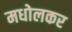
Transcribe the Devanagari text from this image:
मधोलकर